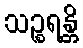
သဉ္စရန္တိ